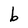
Character: b